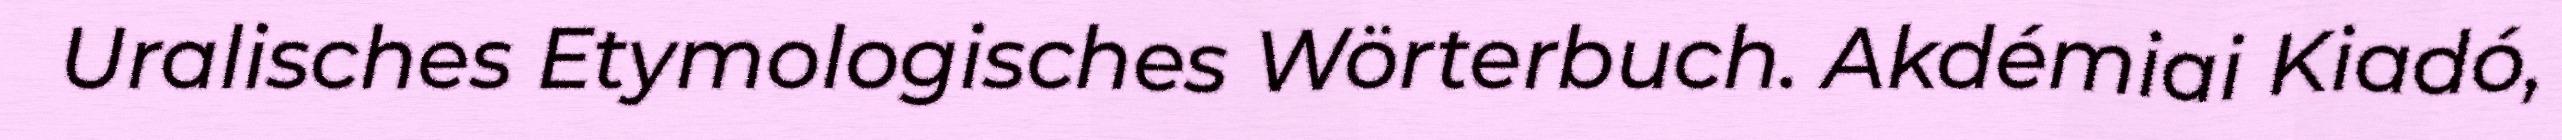
Uralisches Etymologisches Wörterbuch. Akdémiai Kiadó,